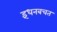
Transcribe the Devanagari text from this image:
इंधनबचत